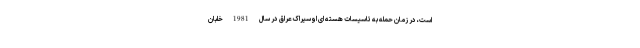
است، در زمان حمله به تاسیسات هسته ای اوسیراک عراق در سال 1981 خلبان